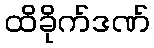
ထိခိုက်ဒဏ်